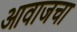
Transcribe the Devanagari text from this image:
आवाजचा